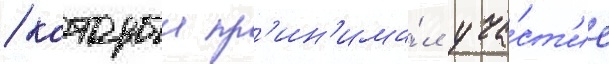
/ которыи пр'ин'има́л уча́ст'ие